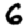
Digit: 6